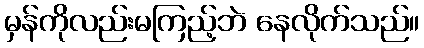
မှန်ကိုလည်းမကြည့်ဘဲ နေလိုက်သည်။